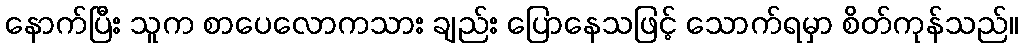
နောက်ပြီး သူက စာပေလောကသား ချည်း ပြောနေသဖြင့် သောက်ရမှာ စိတ်ကုန်သည်။